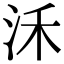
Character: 𣲲